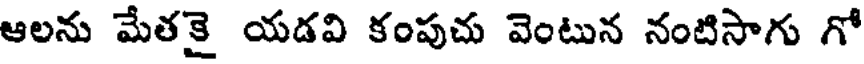
ఆలను మేతకై యడవి కంపుచు వెంటున నంటిసాగు గో